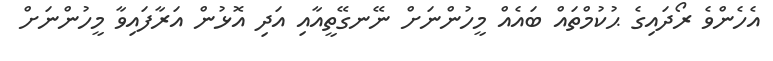
އެހެންވެ ރޯދައިގެ ޙުކުމްތައް ބައެއް މީހުންނަށް ނޭނގޭތީއާއި އަދި އޮޅުން އަރާފައިވާ މީހުންނަށް